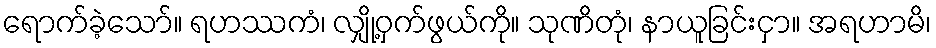
ရောက်ခဲ့သော်။ ရဟဿကံ၊ လျှို့ဝှက်ဖွယ်ကို။ သုဏိတုံ၊ နာယူခြင်းငှာ။ အရဟာမိ၊